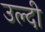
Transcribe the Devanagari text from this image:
उल्दी